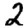
Digit: 2